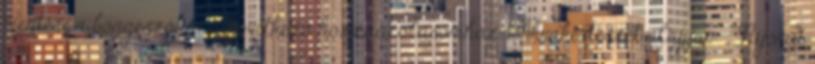
mentése a böngészőben a következő hozzászólásomhoz. 1.Akvakertészet alapjai: „Nyomd